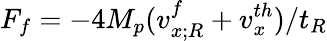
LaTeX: F_{f}=-4M_{p}(v_{x;R}^{f}+v_{x}^{th})/t_{R}